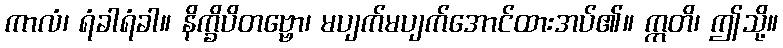
ကာလံ၊ ရံခါရံခါ။ နိက္ခိပိတဗ္ဗော၊ မပျက်မပျက်အောင်ထားအပ်၏။ ဣတိ၊ ဤသို့။